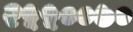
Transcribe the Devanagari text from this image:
२५५००७०